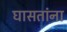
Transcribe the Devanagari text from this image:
घासतांना